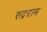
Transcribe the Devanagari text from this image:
रुद्रराम